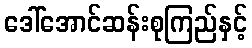
ဒေါ်အောင်ဆန်းစုကြည်နှင့်